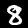
Digit: 8